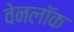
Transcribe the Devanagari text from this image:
वेनलॉक